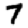
Digit: 7